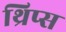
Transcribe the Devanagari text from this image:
थ्रिप्‍स